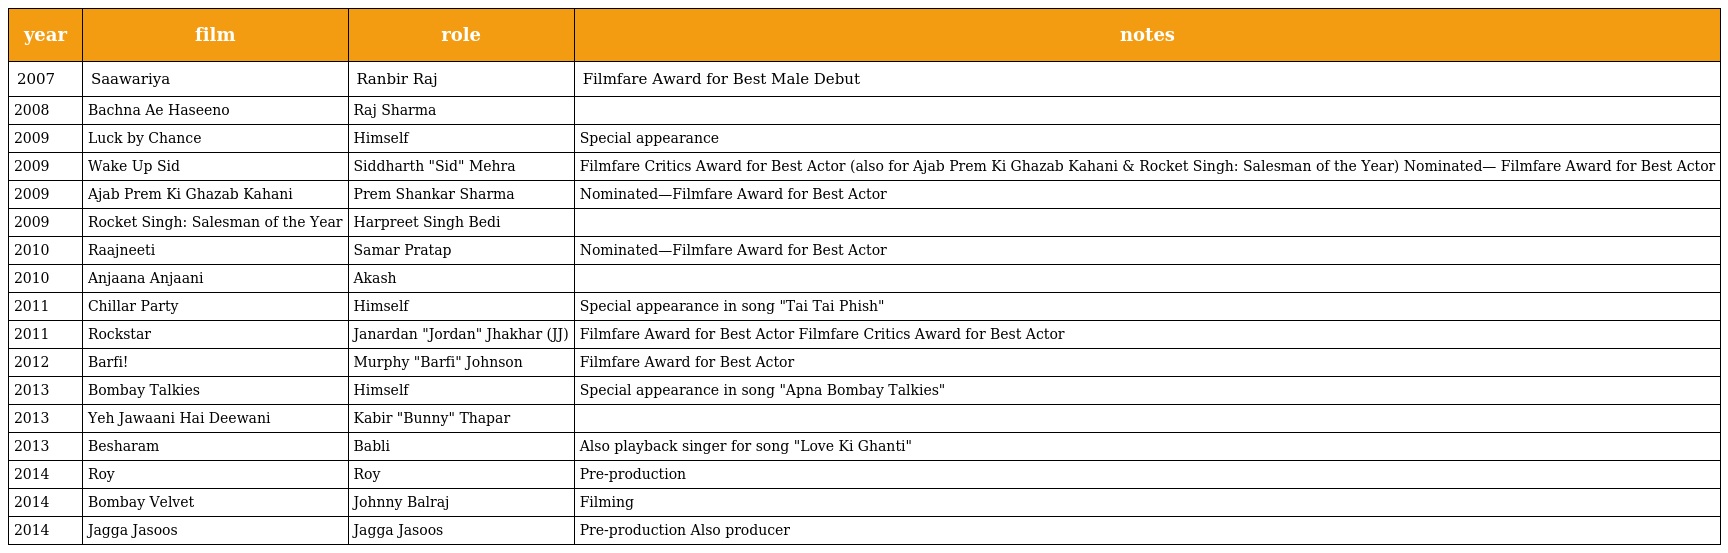
| year | film | role | notes |
 | --- | --- | --- | --- |
 | 2007 | Saawariya | Ranbir Raj | Filmfare Award for Best Male Debut |
 | 2008 | Bachna Ae Haseeno | Raj Sharma |  |
 | 2009 | Luck by Chance | Himself | Special appearance |
 | 2009 | Wake Up Sid | Siddharth "Sid" Mehra | Filmfare Critics Award for Best Actor (also for Ajab Prem Ki Ghazab Kahani & Rocket Singh: Salesman of the Year) Nominated— Filmfare Award for Best Actor |
 | 2009 | Ajab Prem Ki Ghazab Kahani | Prem Shankar Sharma | Nominated—Filmfare Award for Best Actor |
 | 2009 | Rocket Singh: Salesman of the Year | Harpreet Singh Bedi |  |
 | 2010 | Raajneeti | Samar Pratap | Nominated—Filmfare Award for Best Actor |
 | 2010 | Anjaana Anjaani | Akash |  |
 | 2011 | Chillar Party | Himself | Special appearance in song "Tai Tai Phish" |
 | 2011 | Rockstar | Janardan "Jordan" Jhakhar (JJ) | Filmfare Award for Best Actor Filmfare Critics Award for Best Actor |
 | 2012 | Barfi! | Murphy "Barfi" Johnson | Filmfare Award for Best Actor |
 | 2013 | Bombay Talkies | Himself | Special appearance in song "Apna Bombay Talkies" |
 | 2013 | Yeh Jawaani Hai Deewani | Kabir "Bunny" Thapar |  |
 | 2013 | Besharam | Babli | Also playback singer for song "Love Ki Ghanti" |
 | 2014 | Roy | Roy | Pre-production |
 | 2014 | Bombay Velvet | Johnny Balraj | Filming |
 | 2014 | Jagga Jasoos | Jagga Jasoos | Pre-production Also producer |